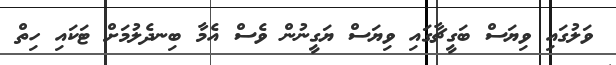
ވަލުގައި ވިޔަސް ބަގީޗާގައި ވިޔަސް ޔަގީނުން ވެސް އެމާ ބިނދެލުމަށް ޓަކައި ހިތް